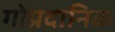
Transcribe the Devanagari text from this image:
गोप्रदानिक